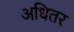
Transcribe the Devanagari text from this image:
अधितर